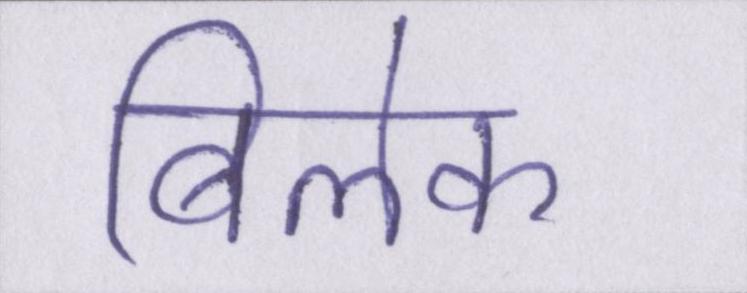
बिलेक